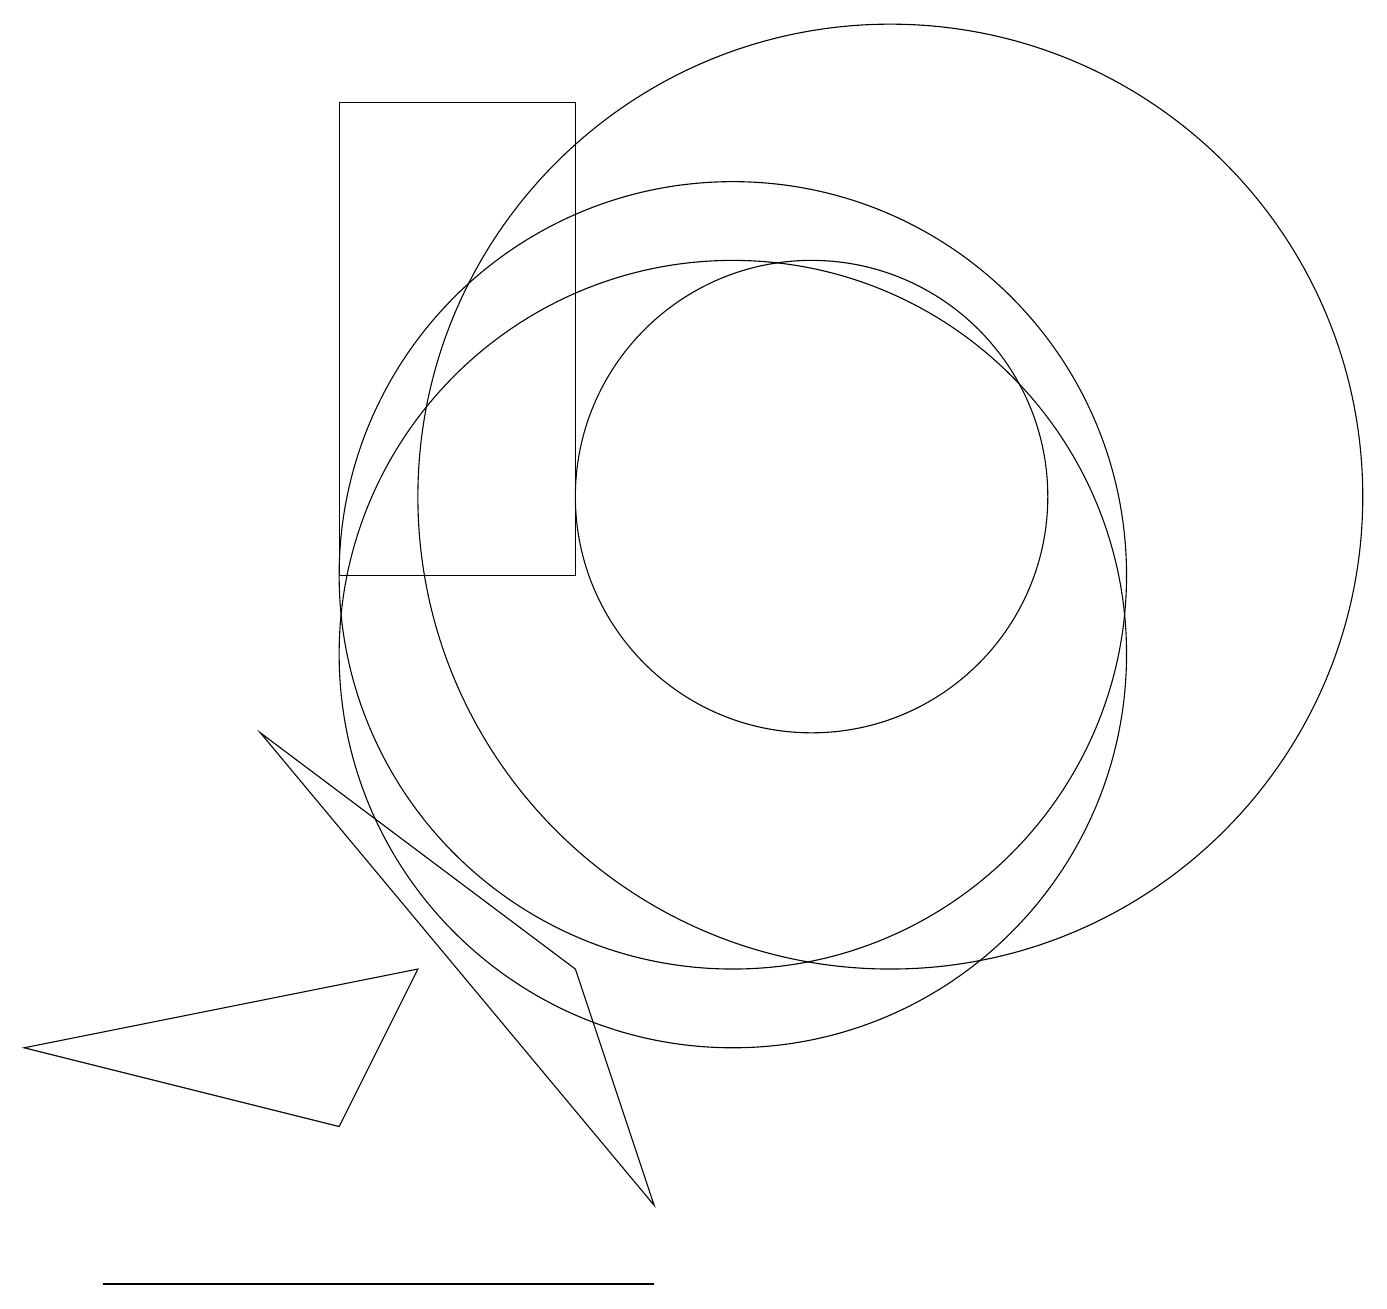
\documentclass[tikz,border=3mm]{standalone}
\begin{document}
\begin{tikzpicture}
\draw (5,17) rectangle (8,11);
\draw (9,3) -- (4,9) -- (8,6) -- cycle;
\draw (10,10) circle (5);
\draw (12,12) circle (6);
\draw (2,2) -- (3,2) -- (9,2) -- cycle;
\draw (11,12) circle (3);
\draw (10,11) circle (5);
\draw (5,4) -- (1,5) -- (6,6) -- cycle;
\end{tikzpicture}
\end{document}